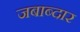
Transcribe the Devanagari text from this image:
जबाब्दार